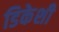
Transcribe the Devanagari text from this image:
डिकेशी